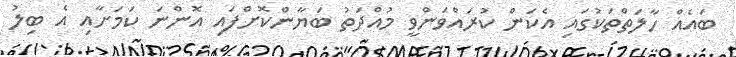
ބައެއް ހާލަތްތަކުގައި އެކަން ކުރައްވަންވީ މުއްދަތު ބަޔާންކޮށްފައި އޮންނަ ކަމަށާއި އެ ބިލު